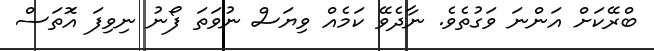
ބްރޭކަށް އަންނަ ވަގުތެވެ. ނާދެވޭ ކަމެއް ވިޔަސް ނުވަތަ ފޯނު ނިވިފަ އޮަތަސް